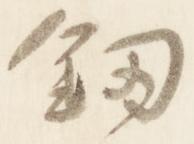
剣